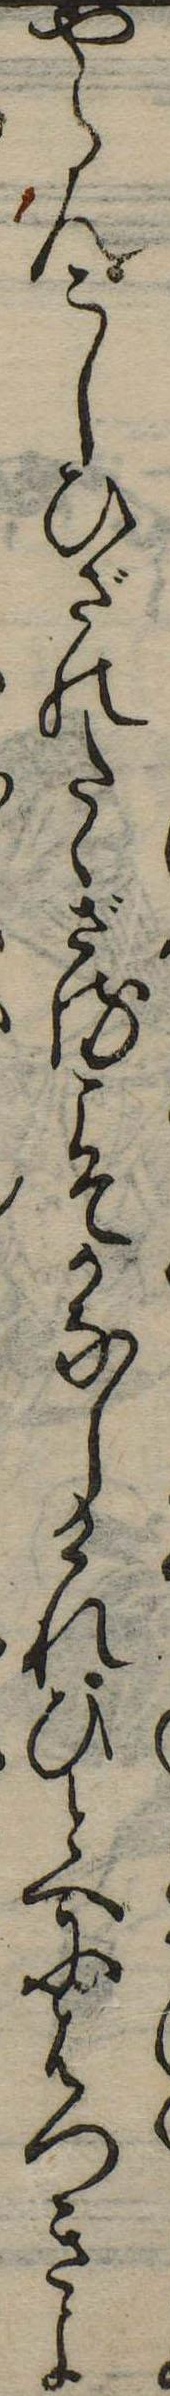
やらんこしひざのたゝざるこそかなしけれひとへにはつきよ